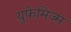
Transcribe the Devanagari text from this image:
युफेमिज्म